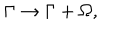
\Gamma \rightarrow \Gamma + \Omega ,